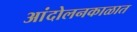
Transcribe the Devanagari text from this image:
आंदोलनकाळात